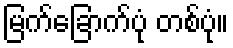
မြက်ခြောက်ပုံ တစ်ပုံ။